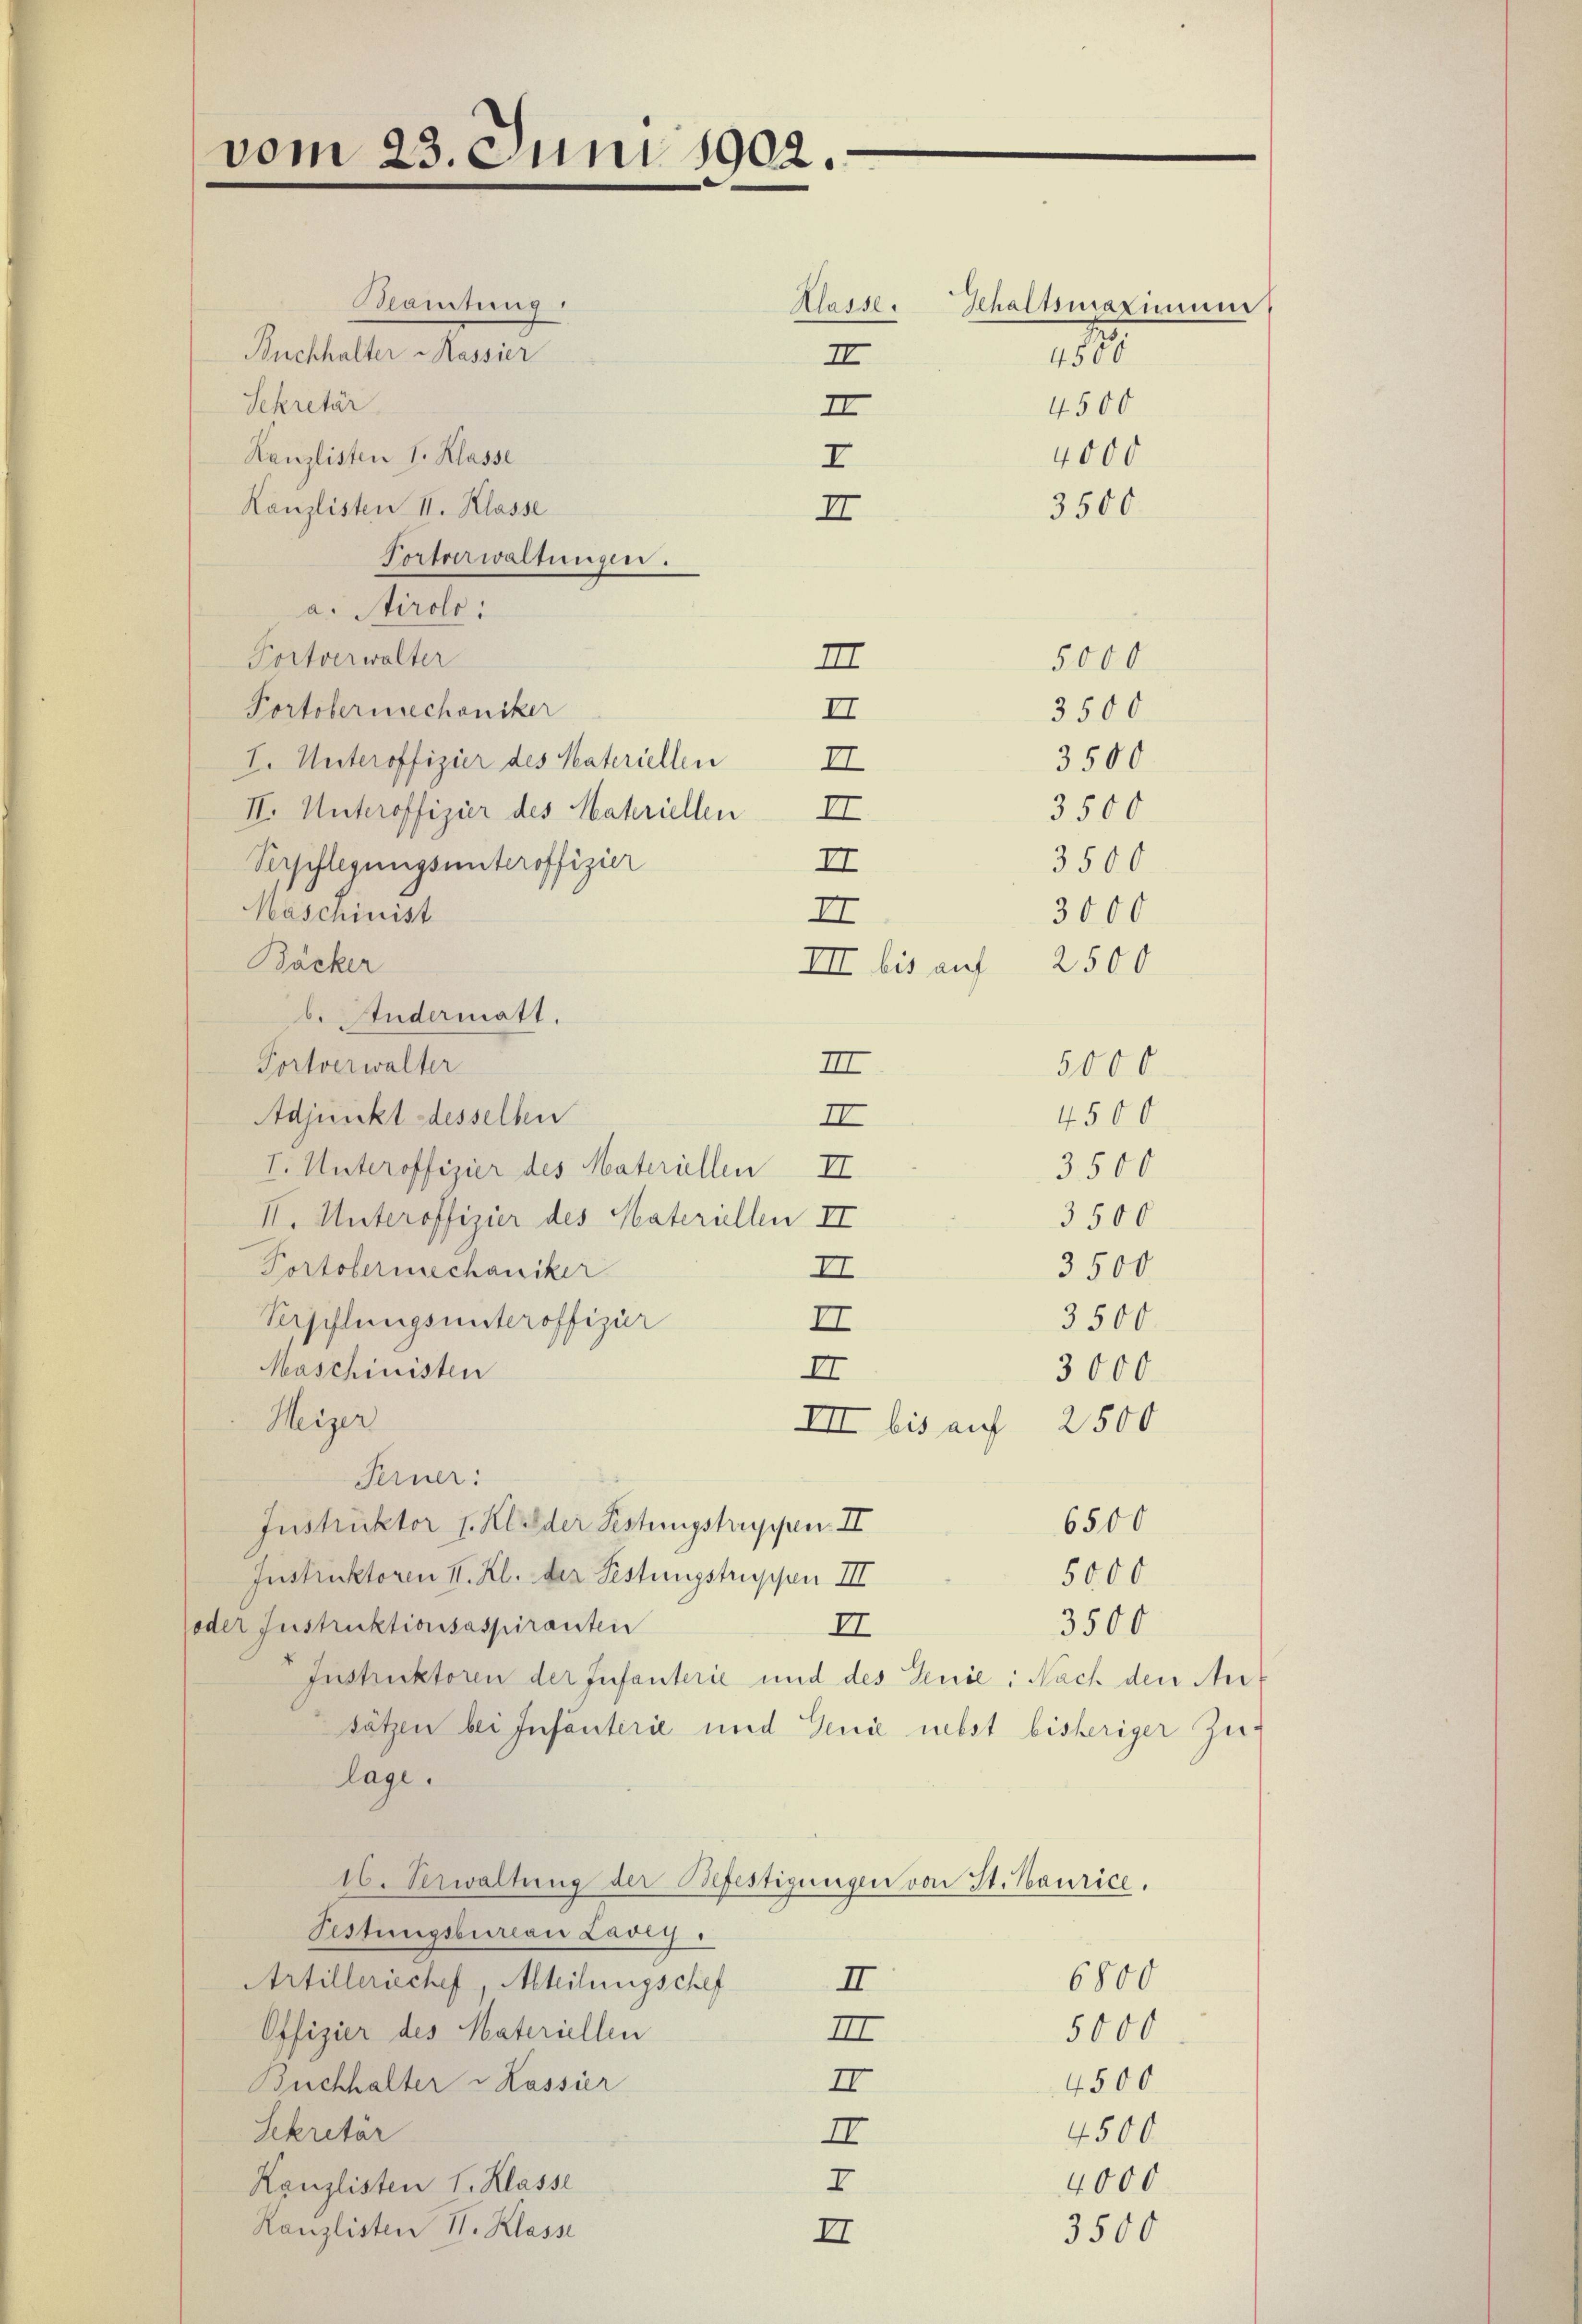
vom 23. Juni 1902.

lamtung
Buchhalter Kassier
Sekretär
Kanzlisten I. Klasse
I
Kanzlisten II. Klasse
II
Voetoerwaltungen.
a. Airole:
Portverwalter
5000
II
Portobermechaniker
3500
II
3500
I. Unteroffizier des Vateriellen
II
II. Unteroffizier des Mariellen II
3500
II
3500
Verpflegungsunteroffizier
Maschinist
3000
II
Bäcker
III bis auf 2500
b. Studermatt.
Tortverwalter
III
5000
4500
Adjunkt desselben
II
I. Unteroffizier des Materiellen II
3500
3500
II. Unteroffizier des Vateriellen II
Portolermechaniker
3500
II
Versiflungsunteroffizir
3500
II
Maschinisten
II
3000
Heizer
III bis auf 2500
Ferner:
6500
Instruktor J. Kleder Festungstruppen II
Instruktoren II. Kl. der Festungstruppen III
5000
oder Instruktionsaspiranten
3500
II
Instruktoren der Infanterie und des Senie: Nach den Ansätzen bei Infanterie und Genie nebst bisheriger Zulage.
16. Verwaltung der Befestigungen von St. Maurice.
Festungsbureau Lavig
Artilleriechef, Abteilungschef
6800
II
Offizier des Materiellen
5000
III
Buchhalter u Kassier
II
4500
Sekretär
4500
II
4000
I
Kanzlisten I. Klasse
Kanzlisten 11. Klasse
3500
II

II
II

Kaiser Schaltsmaximum

4500
4500
4000
3500